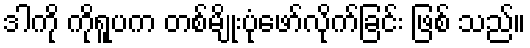
ဒါကို ကိုရူပက တစ်မျိုးပုံဖော်လိုက်ခြင်း ဖြစ် သည်။